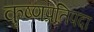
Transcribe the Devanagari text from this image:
कृष्णप्रतिपदा